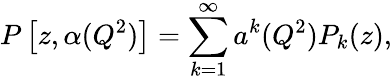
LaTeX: P\left[z,\alpha(Q^{2})\right]=\sum_{k=1}^{\infty}a^{k}(Q^{2})P_{k}(z),